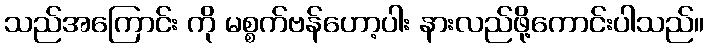
သည်အကြောင်း ကို မစ္စက်ဗန်ဟော့ပါး နားလည်ဖို့ကောင်းပါသည်။